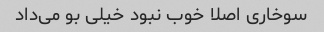
سوخاری اصلا خوب نبود خیلی بو می‌داد